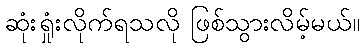
ဆုံးရှုံးလိုက်ရသလို ဖြစ်သွားလိမ့်မယ်။